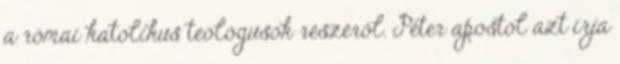
a római katolikus teológusok részéről. Péter apostol azt írja